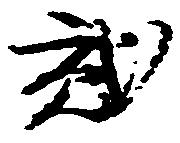
弐